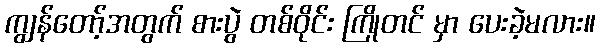
ကျွန်တော့်အတွက် စားပွဲ တစ်ဝိုင်း ကြိုတင် မှာ ပေးခဲ့မလား။